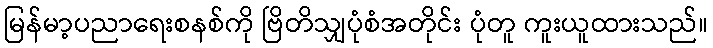
မြန်မာ့ပညာရေးစနစ်ကို ဗြိတိသျှပုံစံအတိုင်း ပုံတူ ကူးယူထားသည်။